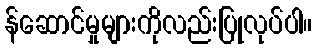
န်ဆောင်မှုများကိုလည်းပြုလုပ်ပါ။